Insane asylums in Bengal annual reports 1876-1887 - 1876-1887
Year: 1876
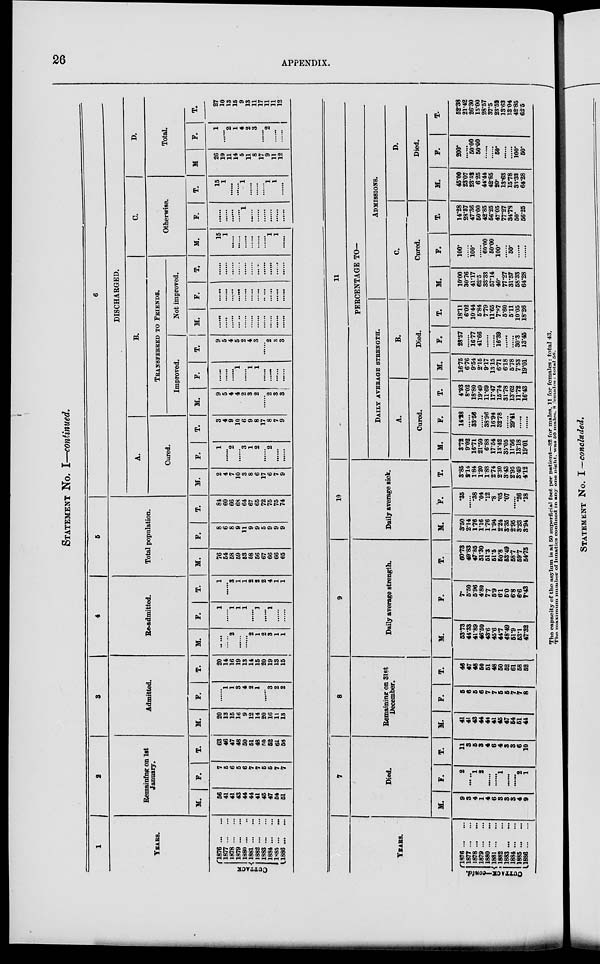
26
APPENDIX.
STATEMENT No. I—continued.
1
YEARS.
CUTTACK
1876 ... ...
1877 ... ...
1878 ... ...
1879 ... ...
1880 ... ...
1881 ... ...
1882 ... ...
1883 ... ...
1884 ... ...
1885 ... ...
1886 ... ...
2
Remaining on 1st
January.
M.
56
41
41
43
44
44
41
46
47
54
51
F.
7
5
6
5
6
7
7
5
5
7
7
T.
63
46
47
48
50
51
48
50
52
61
58
3
Admitted.
M.
20
13
15
16
9
12
14
20
16
11
13
F.
......
1
1
3
4
2
1
......
3
2
2
T.
20
14
16
19
13
14
15
20
19
13
15
4
Re-admitted.
M.
......
......
2
......
......
2
1
2
3
1
1
F.
1
......
1
1
1
......
1
......
1
......
......
T.
1
......
3
1
1
2
2
2
4
1
1
5
Total Population.
M.
76
54
58
59
53
58
56
67
66
66
65
F.
8
6
8
9
11
9
9
5
9
9
9
T.
84
60
66
68
64
67
65
72
75
75
74
6
DISCHARGED.
A.
Cured.
M.
2
4
7
10
3
8
6
17
6
7
9
F.
1
......
2
......
3
1
2
......
2
......
......
T.
3
4
9
10
6
9
8
17
8
7
9
B.
Transferred to Friends.
Improved.
M.
9
5
4
4
2
3
2
......
2
3
3
F.
......
......
......
1
......
1
1
......
......
......
......
T.
9
5
4
5
2
4
3
......
2
8
3
Not improved.
M.
......
......
......
......
......
......
......
......
......
......
......
F.
......
......
......
......
......
......
......
......
......
......
......
T.
......
......
......
......
......
......
......
......
......
......
......
C.
Otherwise.
M.
15
1
......
......
......
......
......
......
1
1
......
F.
......
......
......
......
1
......
......
......
......
......
......
T.
15
1
......
......
1
......
......
......
1
1
......
D.
Total.
M
26
10
11
14
5
11
8
17
9
11
12
F.
1
......
2
1
4
2
3
......
2
......
......
T.
27
10
13
15
9
13
11
17
11
11
12
YEARS.
CUTTACK—contd.
1876 ... ...
1877 ... ...
1878 ... ...
1879 ... ...
1880 ... ...
1881 ... ...
1882 ... ...
1883 ... ...
1884 ... ...
1885 ... ...
1886 ... ...
7
Died.
M.
9
3
4
1
4
6
3
3
3
4
9
F.
2
......
1
2
......
......
1
......
......
2
1
T.
11
3
5
3
4
6
4
3
3
6
10
8
Remaining on 31st
December.
M.
41
41
43
44
44
41
45
47
54
51
44
F.
5
6
5
6
7
7
5
5
7
7
8
T.
46
47
48
50
51
48
50
52
61
58
52
9
Daily Average Strength.
M.
53.73
44.33
41.89
46.50
43.6
45.6
44.7
48.49
51.9
53.1
47.32
F.
7.
5.50
5.96
4.80
7.7
5.9
6.1
5.0
6.8
6.6
7.43
T.
60.78
49.83
47.85
51.30
51.3
51.5
50.8
53.49
58.7
59.7
54.75
10
Daily Average Sick.
M.
3.50
2.14
1.76
1.16
1.76
1.94
2.24
3.35
2.95
3.23
3.94
F.
.35
......
.38
.04
.12
.8
.05
.07
......
.26
.18
T.
3.85
2.14
1.84
1.20
1.88
2.74
2.30
3.43
2.95
3.49
4.12
11
PERCENTAGE TO—
DAILY AVERAGE STRENGTH.
A.
Cured.
M.
3.72
9.02
16.71
21.50
6.88
17.54
18.42
35.05
11.56
13.18
19.01
F.
14.28
......
33.56
......
38.96
16.94
32.78
......
29.41
......
......
T.
4.93
8.02
18.80
19.49
11.69
17.47
15.74
31.78
13.62
11.72
16.43
B.
Died.
M.
16.75
6.76
9.54
2.15
9.17
13.15
6.71
6.18
5.78
7.53
19.01
F.
28.57
......
16.77
41.66
......
......
16.39
......
......
30.3
13.45
T.
18.11
6.02
10.44
5.84
7.79
11.66
7.87
5.60
5.11
10.05
18.26
ADMISSIONS.
C
Cored.
M.
10.00
30.76
41.17
62.5
33.33
57.14
40.
77.27
31.57
58.33
64.28
F.
100.
......
100.
......
60.00
50.00
100.
......
50.
......
......
T.
14.28
28.57
47.36
50.00
42.85
56.25
47.05
77.27
34.78
50.
56.25
D.
Died.
M.
45.00
23.07
23.51
6.25
44.44
42.85
20.
13.63
15.78
33.33
64.28
F.
200.
......
50.00
50.00
......
......
50.
......
......
100.
50.
T.
52.38
21.42
26.30
15.00
28.57
87.5
23.52
13.63
13.04
42.85
63.5
The capacity of the asylum is at 50 superficial feet per patient—82 for males, 11 for females: total 43.
The maximum number of lunatics confined in any one night. was 50 males. 8 females : - total 58.